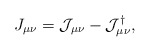
\begin{align*}J_{\mu\nu} = \mathcal{J}_{\mu\nu} - \mathcal{J}^\dagger_{\mu\nu},\end{align*}